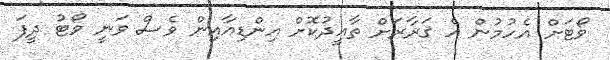
ވޯޓަށް އެހުމުން އެ ޤަރާރަށް ތާއީދުކޮށް އިންޑިއާއިން ވެސް ވަނީ ވޯޓު ދީފަ